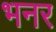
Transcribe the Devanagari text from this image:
भनर